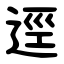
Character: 逕